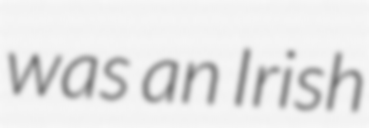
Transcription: was an Irish